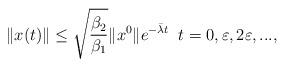
LaTeX: \begin{align*}\|x(t)\|\le \sqrt{\frac{\beta_2}{\beta_1}}\|x^0\|e^{-\bar\lambda t} \;\; t=0,\varepsilon, 2\varepsilon, ... ,\end{align*}